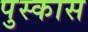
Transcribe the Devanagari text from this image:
पुस्कास